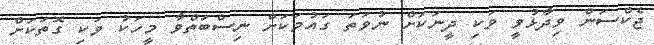
ޖެކްސަން ވިދާޅުވީ ވަކި ދީނަކަށް ނުވަތަ ގައުމަކަށް ނިސްބަތްވާ މީހަކު ވަކި ގޮތަކަށް